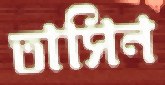
তাসিন